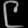
Digit: ၉